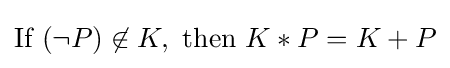
{\text{If }}(\neg P)\not \in K,{\text{ then }}K*P=K+P